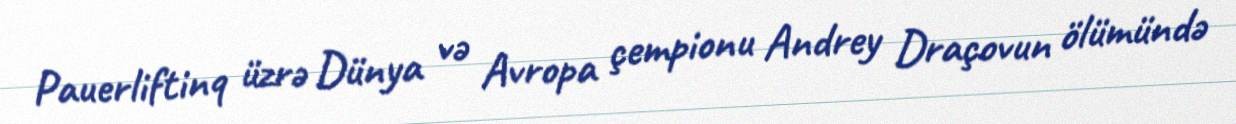
Pauerliftinq üzrə Dünya və Avropa çempionu Andrey Draçovun ölümündə